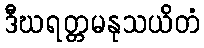
ဒီဃရတ္တမနုသယိတံ